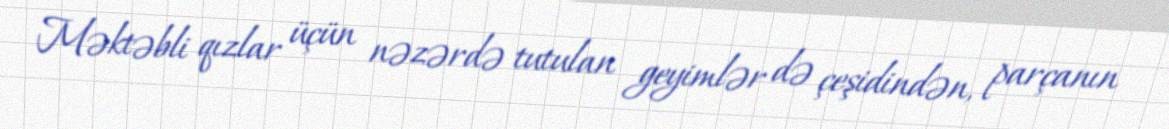
Məktəbli qızlar üçün nəzərdə tutulan geyimlər də çeşidindən, parçanın